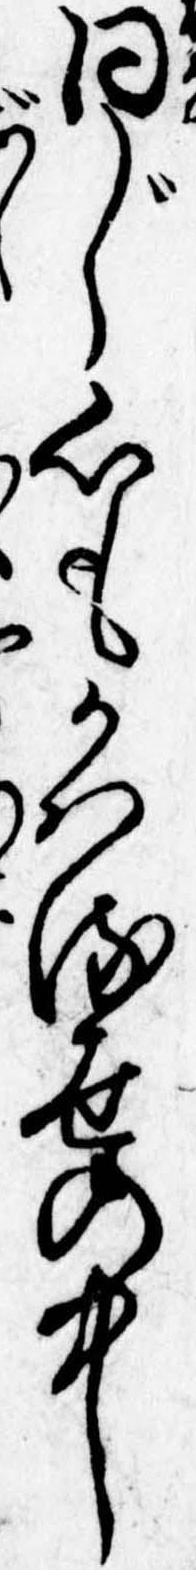
同じ心もかはる世の中